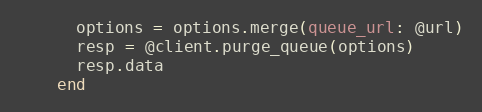
Language: Ruby
      options = options.merge(queue_url: @url)
      resp = @client.purge_queue(options)
      resp.data
    end